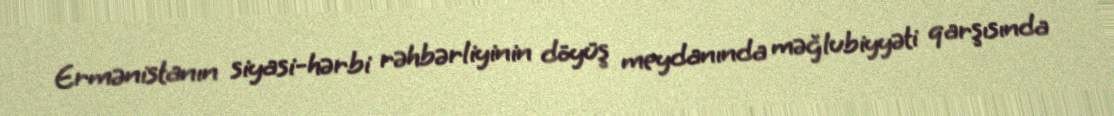
Ermənistanın siyasi-hərbi rəhbərliyinin döyüş meydanında məğlubiyyəti qarşısında